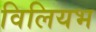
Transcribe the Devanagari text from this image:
विलियभ